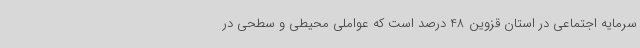
سرمایه اجتماعی در استان قزوین 48 درصد است که عواملی محیطی و سطحی در